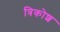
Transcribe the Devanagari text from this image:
त्रिकोश